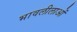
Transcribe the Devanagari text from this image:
भावलीलाओं